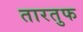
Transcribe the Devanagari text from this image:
तारतुफ